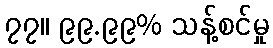
၇၇။ ၉၉.၉၉% သန့်စင်မှု